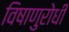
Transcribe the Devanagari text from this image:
विषाणुरोधी